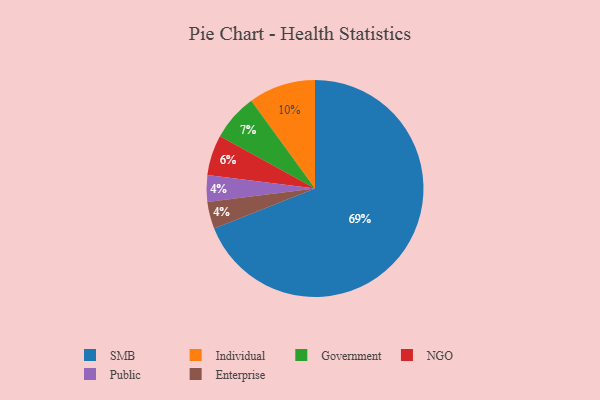
{"axis": {"x": "Category", "y": "Percentage"}, "legend": ["Enterprise", "Government", "Individual", "NGO", "Public", "SMB"], "data": [{"x": "Government", "y": 7, "type": "Government"}, {"x": "SMB", "y": 69, "type": "SMB"}, {"x": "NGO", "y": 6, "type": "NGO"}, {"x": "Individual", "y": 10, "type": "Individual"}, {"x": "Public", "y": 4, "type": "Public"}, {"x": "Enterprise", "y": 4, "type": "Enterprise"}]}